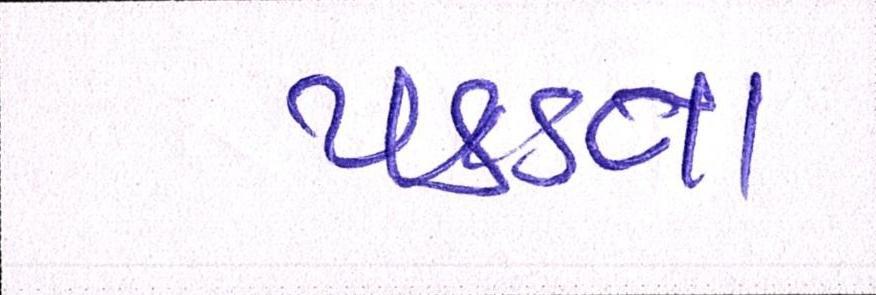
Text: પકડતા